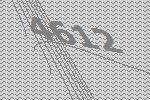
4612